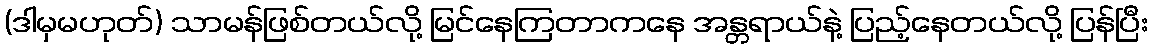
(ဒါမှမဟုတ်) သာမန်ဖြစ်တယ်လို့ မြင်နေကြတာကနေ အန္တရာယ်နဲ့ ပြည့်နေတယ်လို့ ပြန်ပြီး